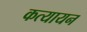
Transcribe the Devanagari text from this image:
कत्यायन